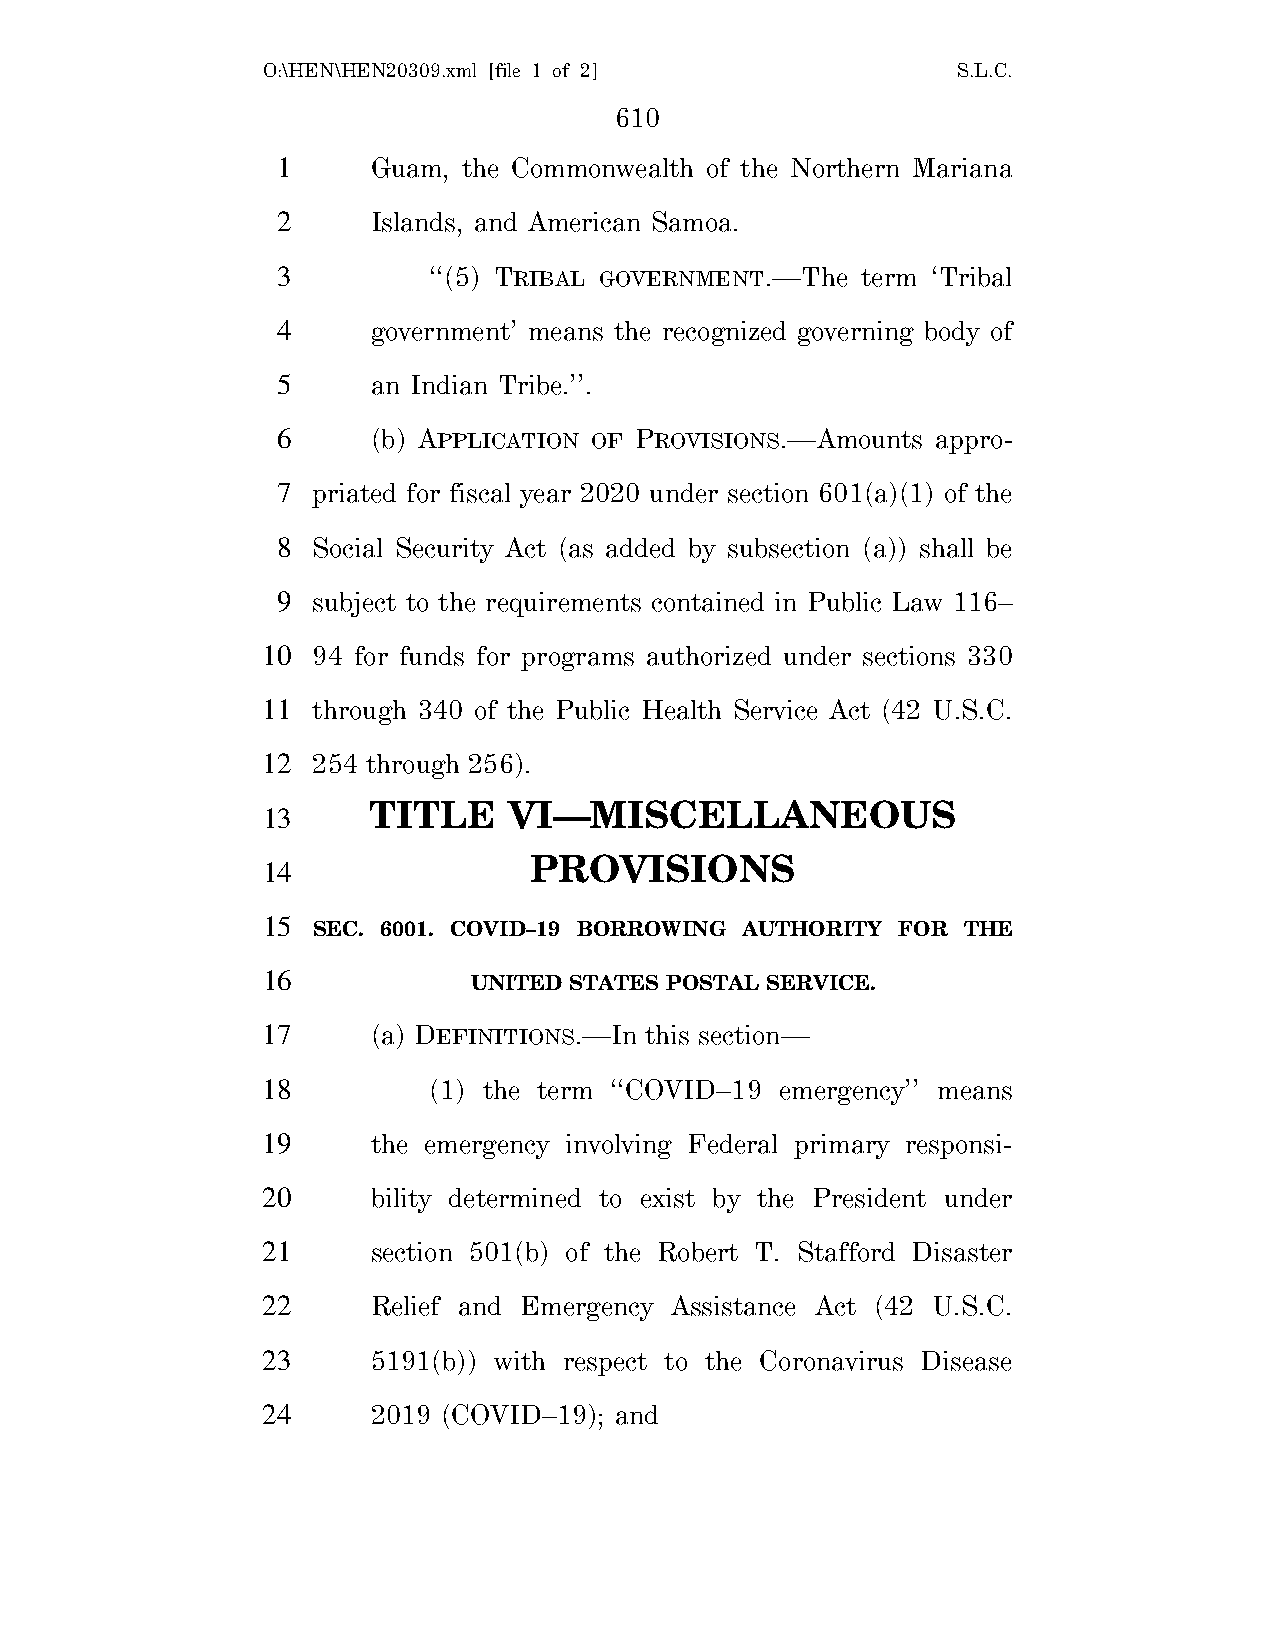
O:\HEN\HEN20309.xml [file 1 of 2]             S.L.C.
 610
 1      Guam, the Commonwealth of the Northern Mariana
 2      Islands, and American Samoa.
 3         ‘‘(5) TRIBAL GOVERNMENT.—The term ‘Tribal
 4      government’ means the recognized governing body of
 5      an Indian Tribe.’’.
 6      (b) APPLICATION OF PROVISIONS.—Amounts appro-
 7  priated for fiscal year 2020 under section 601(a)(1) of the
 8  Social Security Act (as added by subsection (a)) shall be
 9  subject to the requirements contained in Public Law 116–
 10  94 for funds for programs authorized under sections 330
 11  through 340 of the Public Health Service Act (42 U.S.C.
 12  254 through 256).
 TITLE     VI—MISCELLANEOUS
 13
 PROVISIONS
 14
 15
 SEC. 6001. COVID–19 BORROWING AUTHORITY FOR THE
 16
 UNITED STATES POSTAL SERVICE.
 17      (a) DEFINITIONS.—In this section—
 18         (1) the term ‘‘COVID–19 emergency’’ means
 19      the emergency involving Federal primary responsi-
 20      bility determined to exist by the President under
 21      section 501(b) of the Robert T. Stafford Disaster
 22      Relief and Emergency Assistance Act (42 U.S.C.
 23      5191(b)) with respect to the Coronavirus Disease
 24      2019 (COVID–19); and